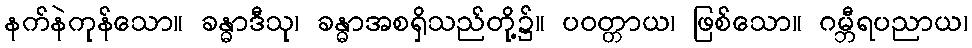
နက်နဲကုန်သော။ ခန္ဓာဒီသု၊ ခန္ဓာအစရှိသည်တို့၌။ ပဝတ္တာယ၊ ဖြစ်သော။ ဂမ္ဘီရပညာယ၊